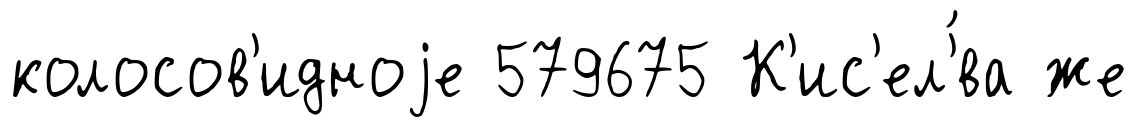
колосов'идноjе 579675 К'ис'ел'́ва же